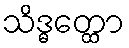
သိဒ္ဓတ္ထော